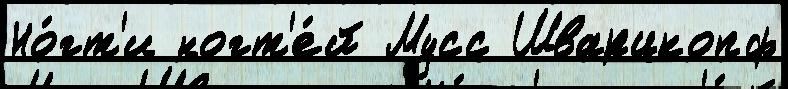
Но́гт'и ногт'е́й Мусс Шварцкопф